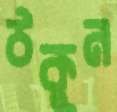
ঠকুন